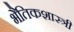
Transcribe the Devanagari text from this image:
भैतिकशास्त्री